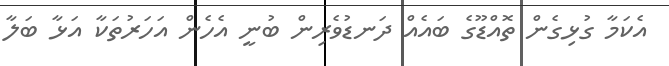
އެކަމާ ގުޅިގެން ތޮއްޑޫގެ ބައެއް ދަނޑުވެރިން ބުނީ އެހެން އަހަރުތަކާ އަޅާ ބަލާ